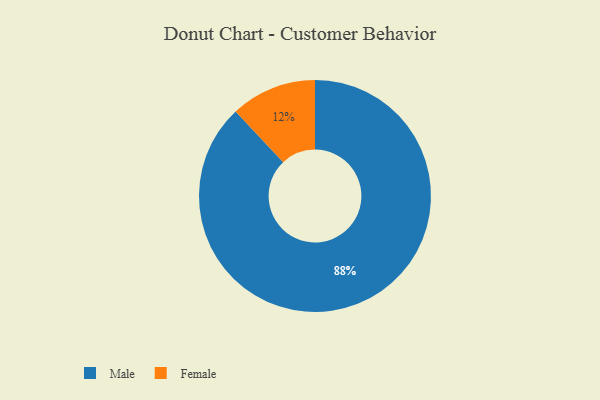
{"axis": {"x": "Category", "y": "Percentage"}, "legend": ["Female", "Male"], "data": [{"x": "Female", "y": 12, "type": "Female"}, {"x": "Male", "y": 88, "type": "Male"}]}